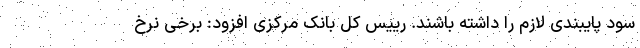
سود پایبندی لازم را داشته باشند. رییس کل بانک مرکزی افزود: برخی نرخ